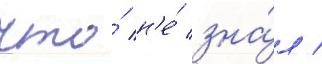
что́ н'е́ зна́л /